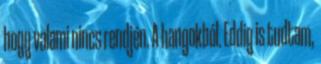
hogy valami nincs rendjén. A hangokból. Eddig is tudtam,